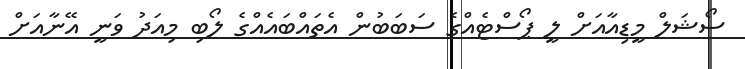
ސޯޝަލް މީޑިއާއަށް ލީ ޕޯސްޓެއްގެ ސަބަބުން އެތައްބައެއްގެ ލޯބި މިއަދު ވަނީ އޭނާއަށް